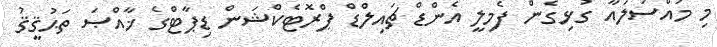
މި މައްސަލައާ ގުޅިގެން ފެމިލީ އެންޑް ޗައިލްޑް ޕްރޮޓެކްޝަން ޑިޕާޓްގެ ޚާއްޞަ ތަޙުޤީޤު